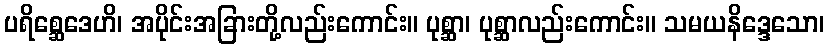
ပရိစ္ဆေဒေဟိ၊ အပိုင်းအခြားတို့လည်းကောင်း။ ပုစ္ဆာ၊ ပုစ္ဆာလည်းကောင်း။ သမယနိဒ္ဒေသော၊